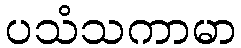
ပသံသကာမာ